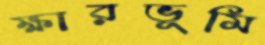
ক্ষারভূমি